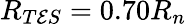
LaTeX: R_{T\mathcal{E}S}=0.70R_{n}